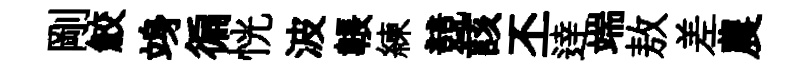
剛鮫竧徧恍波韔練競該丕逹端敖差農